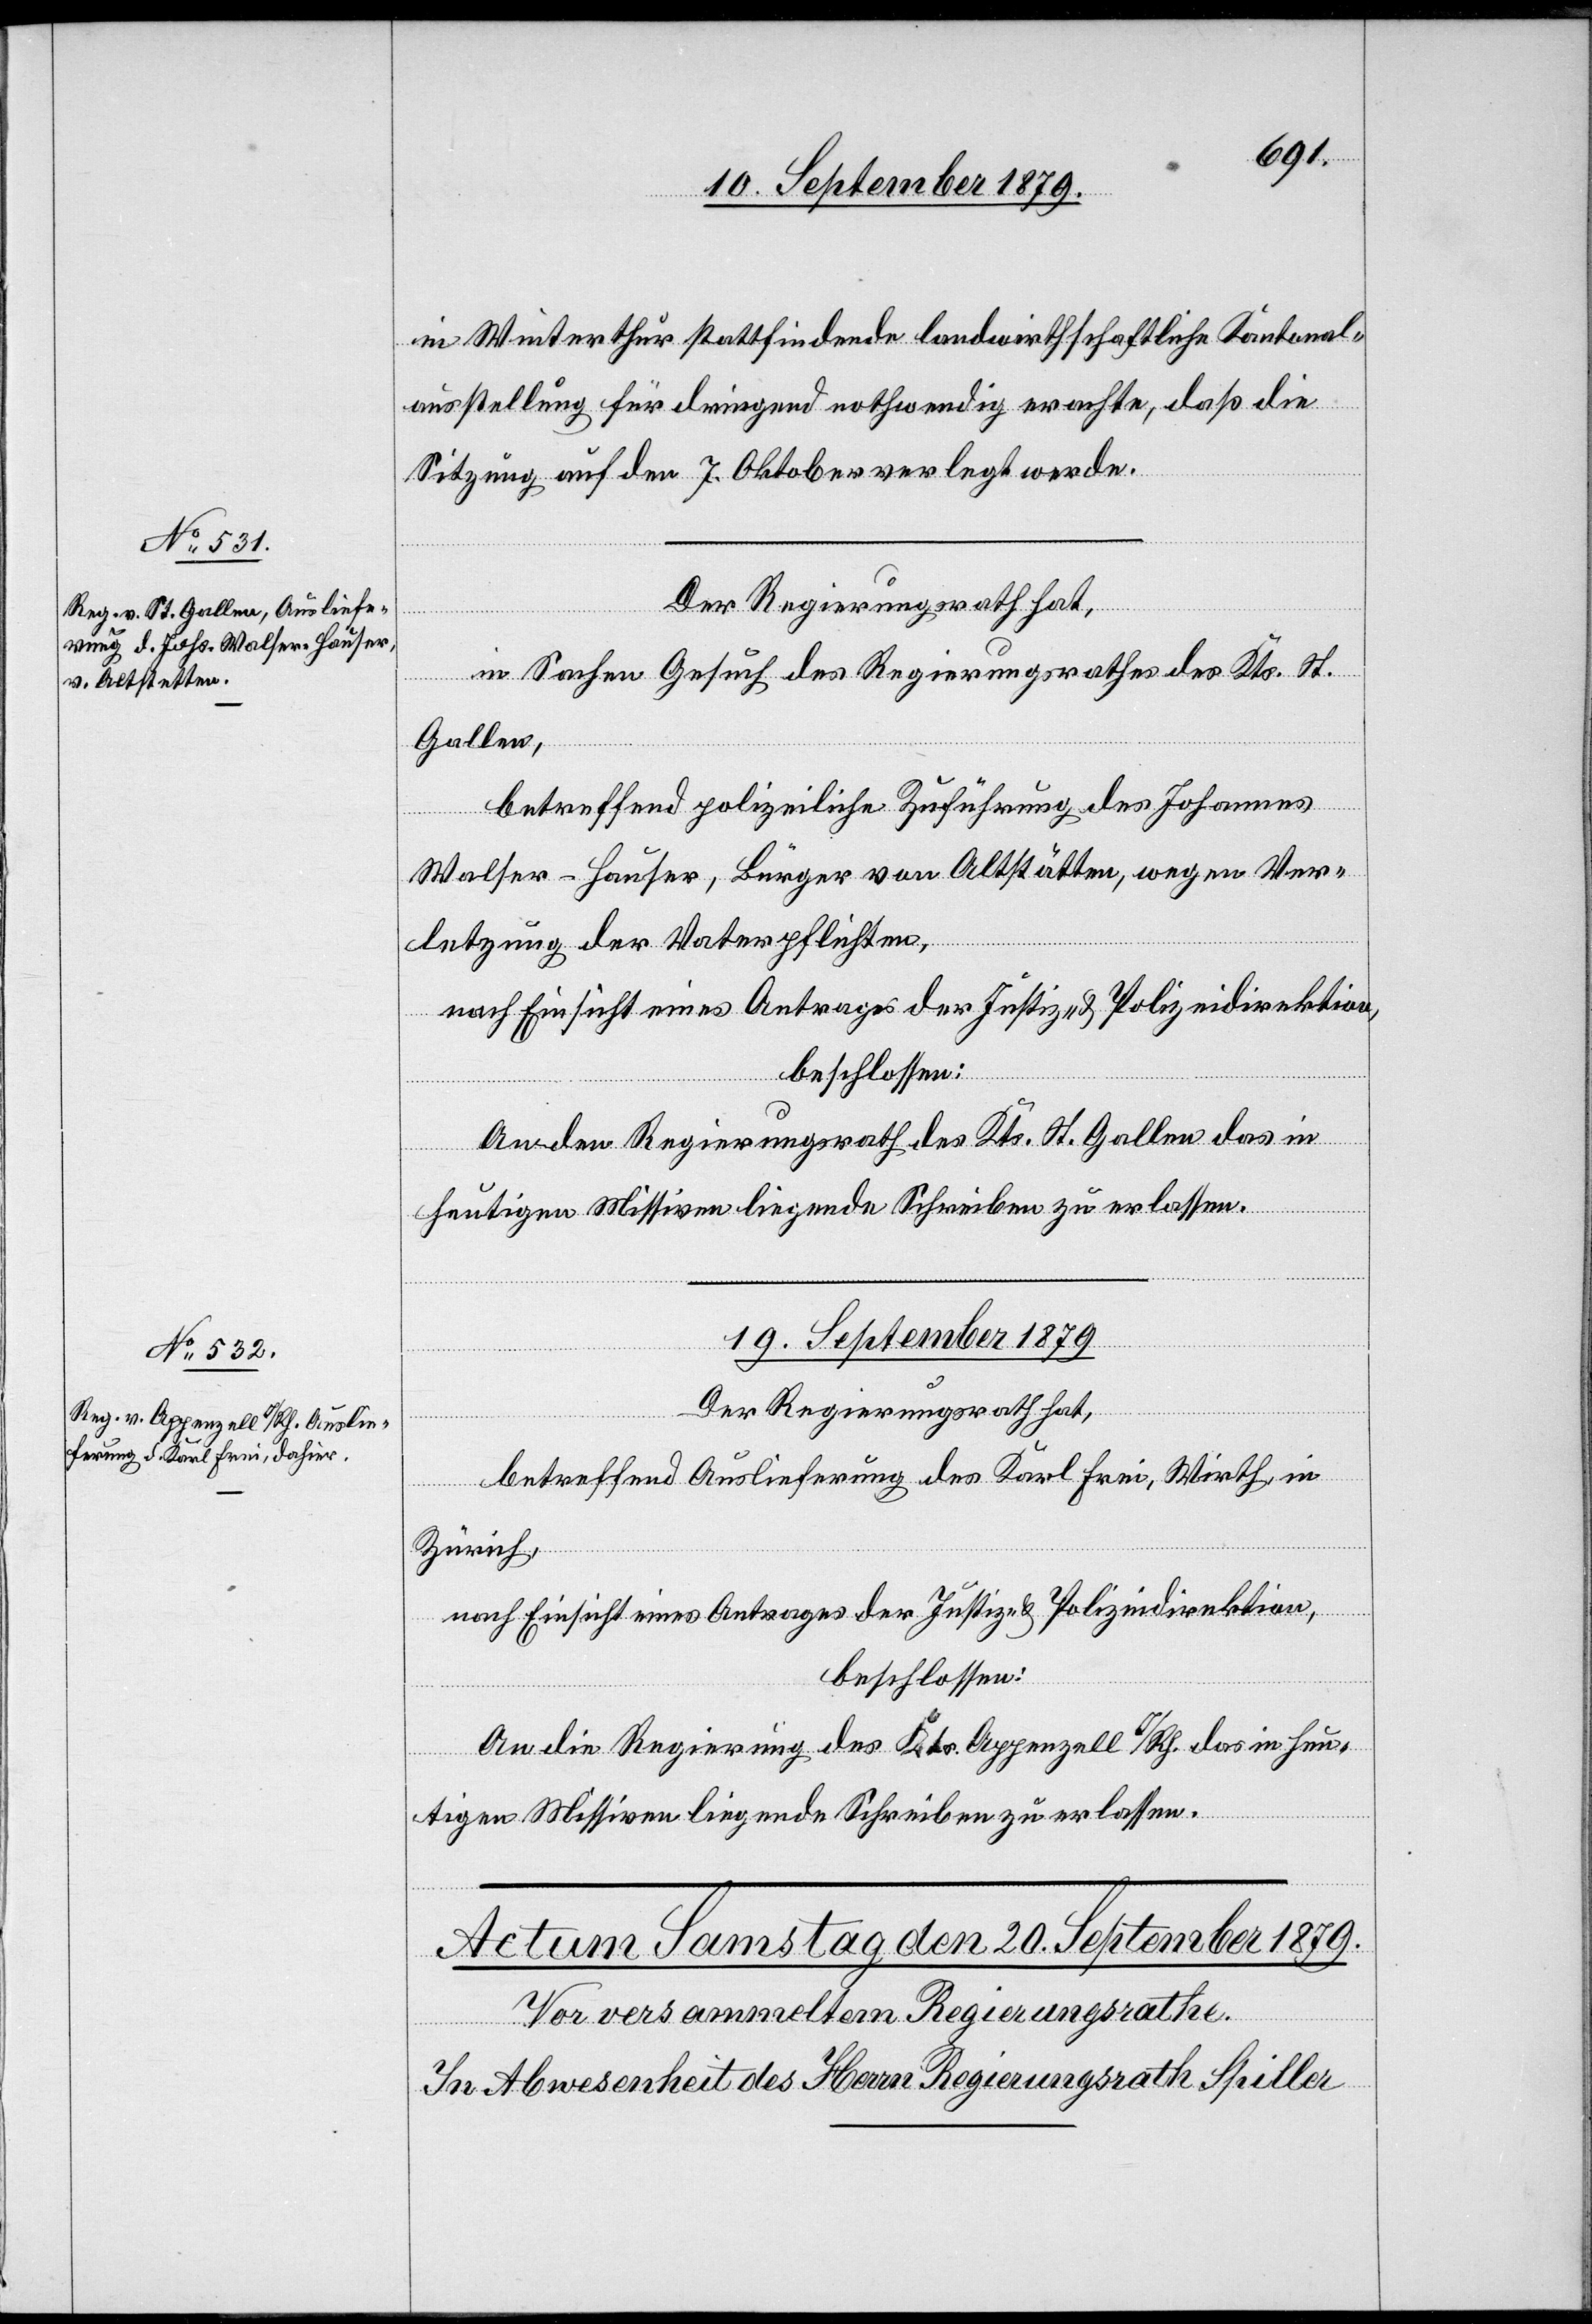
18. September 1879.]
in Winterthur stattfindende landwirthschaftliche Kantonal¬
ausstellung für dringend nothwendig erachte, daß die
Sitzung auf den 7. Oktober verlegt werde.
Der Regierungsrath hat,
in Sachen Gesuch des Regierungsrathes des Kts. St.
Gallen,
betreffend polizeiliche Zuführung des Johannes
Walser-Hauser, Bürger von Altstätten, wegen Ver¬
letzung der Vaterpflichten,
nach Einsicht eines Antrages der Justiz- & Polizeidirektion,
beschlossen:
An den Regierungsrath des Kts. St. Gallen das in
heutigen Missiven liegende Schreiben zu erlassen.
19. September 1879.
Der Regierungsrath hat,
betreffend Auslieferung des Karl Frei, Wirth, in
Zürich,
An die Regierung des Kts. Appenzell I/Rh. das in heu¬
tigen Missiven liegende Schreiben zu erlassen.